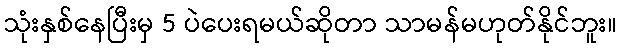
သုံးနှစ်နေပြီးမှ 5 ပဲပေးရမယ်ဆိုတာ သာမန်မဟုတ်နိုင်ဘူး။